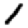
Digit: 1